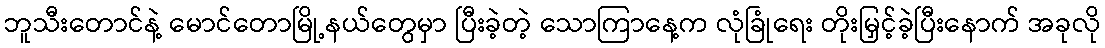
ဘူသီးတောင်နဲ့ မောင်တောမြို့နယ်တွေမှာ ပြီးခဲ့တဲ့ သောကြာနေ့က လုံခြုံရေး တိုးမြှင့်ခဲ့ပြီးနောက် အခုလို